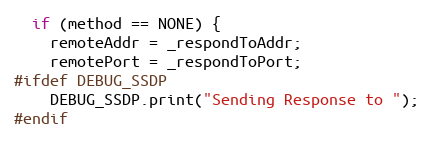
Language: C++
  if (method == NONE) {
    remoteAddr = _respondToAddr;
    remotePort = _respondToPort;
#ifdef DEBUG_SSDP
    DEBUG_SSDP.print("Sending Response to ");
#endif